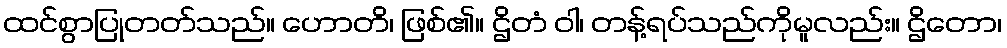
ထင်စွာပြုတတ်သည်။ ဟောတိ၊ ဖြစ်၏။ ဌိတံ ဝါ၊ တန့်ရပ်သည်ကိုမူလည်း။ ဌိတော၊